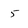
Character: 5